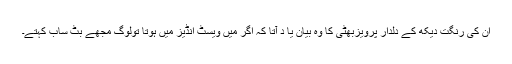
ان کی رنگت دیکھ کے دلدار پرویزبھٹی کا وہ بیان یا د آتا کہ اگر میں ویسٹ انڈیز میں ہوتا تولوگ مجھے بٹ ساب کہتے۔